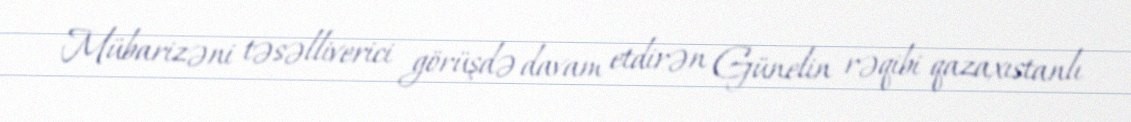
Mübarizəni təsəlliverici görüşdə davam etdirən Günelin rəqibi qazaxıstanlı